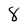
Character: 8